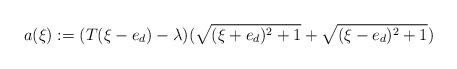
LaTeX: \begin{align*}a(\xi):=(T(\xi-e_d)-\lambda)(\sqrt{(\xi+e_d)^2+1}+\sqrt{(\xi-e_d)^2+1})\end{align*}